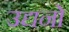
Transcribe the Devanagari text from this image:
उद्यनो